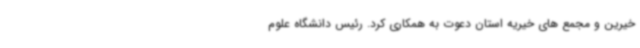
خیرین و مجمع های خیریه استان دعوت به همکاری کرد. رئیس دانشگاه علوم